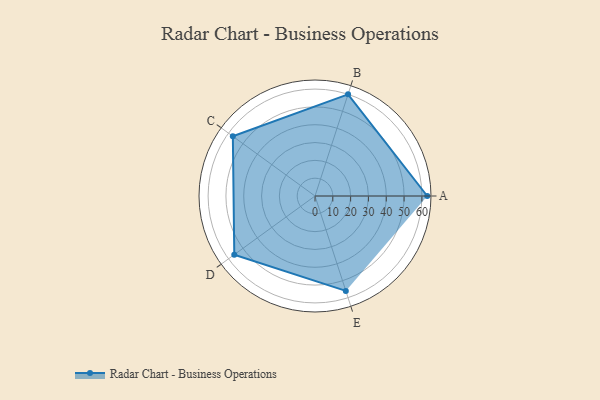
{"axis": {"x": "Skill", "y": "Score"}, "legend": ["Profile"], "data": [{"x": "A", "y": 63.0, "type": "Profile"}, {"x": "B", "y": 60.0, "type": "Profile"}, {"x": "C", "y": 57.0, "type": "Profile"}, {"x": "D", "y": 56.0, "type": "Profile"}, {"x": "E", "y": 56.0, "type": "Profile"}]}